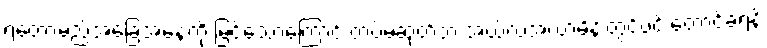
ရတော့မည်အခြေအနေကို မြင်သောကြောင့် တပ်မဆုတ်ဘဲ အယ်လ်အလာမိန်းတွင်ပင် တောင့်ခံရန်